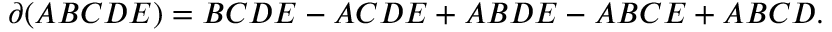
\partial ( A B C D E ) = B C D E - A C D E + A B D E - A B C E + A B C D .